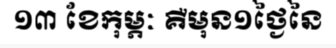
១៣ ខែកុម្ភៈ គឺមុន១ថ្ងៃនៃ